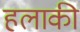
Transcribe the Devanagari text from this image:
हलाकी